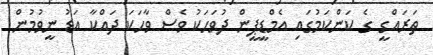
ތަރައްގީ ގެ ކަންކަމުގައި އެމްޑީޕީން ދުވަހަކު ވެސް ވާހަކަ ދައްކާ އަޑު ނީވުމުން